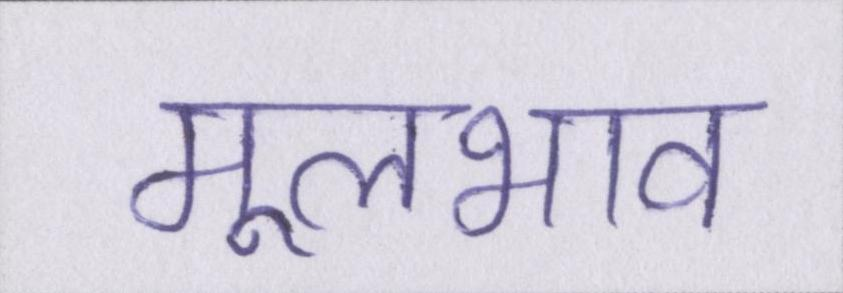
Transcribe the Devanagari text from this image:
मूलभाव